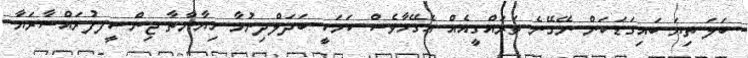
ބަލަ ތިޔަ ބައިގަޑަކަން ނޭގޭނެ ތަރައްގީއެއް އެގޭހާވެސް ކަމަކީ ބަދަލްދިނުމާ ހިޔާނާތާ ޖިންސީފފުރައްސާރަޔާ